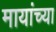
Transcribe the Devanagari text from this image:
मायांच्या